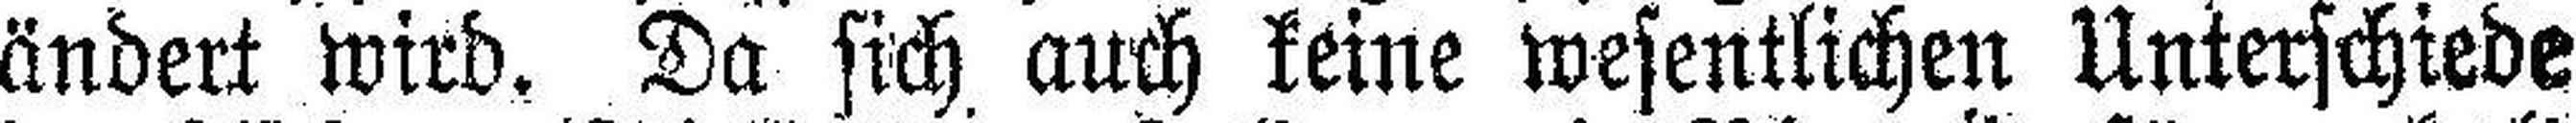
ändert wird. Da sich auch keine wesentlichen Unterschiede